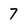
Character: 7